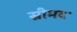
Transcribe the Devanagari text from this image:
स्रीमद